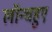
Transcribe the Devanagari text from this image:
लॉन्चहुए